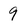
Character: 9